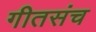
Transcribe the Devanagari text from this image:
गीतसंच